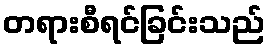
တရားစီရင်ခြင်းသည်